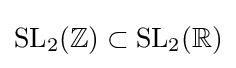
\mathrm {SL} _{2}(\mathbb {Z} )\subset \mathrm {SL} _{2}(\mathbb {R} )